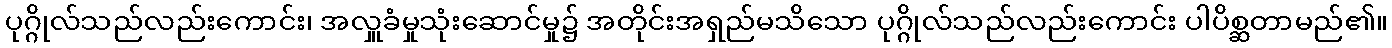
ပုဂ္ဂိုလ်သည်လည်းကောင်း၊ အလှူခံမှုသုံးဆောင်မှု၌ အတိုင်းအရှည်မသိသော ပုဂ္ဂိုလ်သည်လည်းကောင်း ပါပိစ္ဆတာမည်၏။